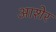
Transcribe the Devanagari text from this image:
आशेर